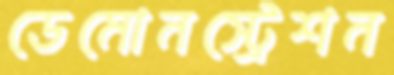
ডেমোনস্ট্রেশন